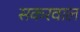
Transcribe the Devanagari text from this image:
सकरवाल